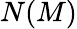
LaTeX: N(M)